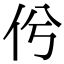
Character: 𠆵